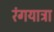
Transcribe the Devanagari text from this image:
रंगयात्रा